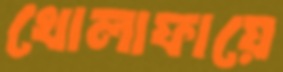
খোলাফায়ে